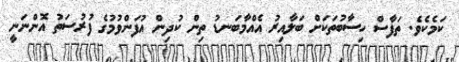
ކަމެކެވެ. ތަފާސް ހިސާބުތަކަށް ބަލާއިރު އެއްމާބަނޑު ތިން ކުދިން އުފަންވުމުގެ ފުރުސަތު އޮންނަނީ